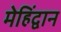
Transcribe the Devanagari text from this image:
मेहिंद्वान